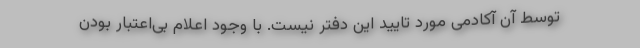
توسط آن آکادمی مورد تایید این دفتر نیست. با وجود اعلام بی‌اعتبار بودن